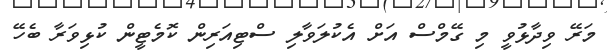
މަރޭ ވިދާޅުވީ މި ގޭމްްސް އަށް އެކުލަވާލި ސްޓިއަރިން ކޮމެޓީން ކުޅިވަރާ ބެހޭ